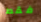
فقط